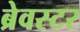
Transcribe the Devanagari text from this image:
ब्रेवस्टर